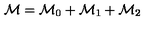
{ \cal M } = { \cal M } _ { 0 } + { \cal M } _ { 1 } + { \cal M } _ { 2 }